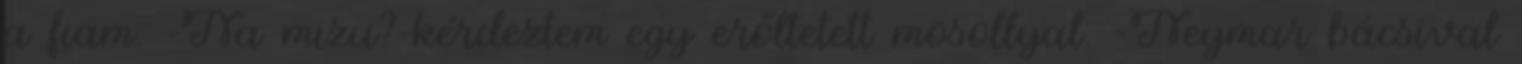
a fiam. -Na mizu?-kérdeztem egy erőltetett mosollyal. -Neymar bácsival